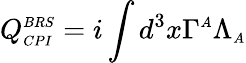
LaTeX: \displaystyle Q_{\scriptscriptstyle CPI}^{\scriptscriptstyle BRS}=i\int d^{3}x\Gamma^{\scriptscriptstyle A}\Lambda_{\scriptscriptstyle A}